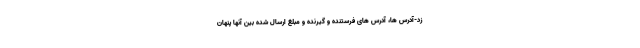
زد-آدرس ها، آدرس های فرستنده و گیرنده و مبلغ ارسال شده بین آنها پنهان